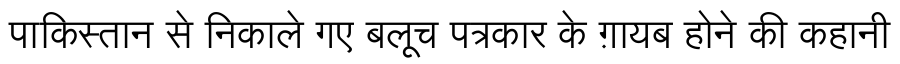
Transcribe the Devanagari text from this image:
पाकिस्तान से निकाले गए बलूच पत्रकार के ग़ायब होने की कहानी